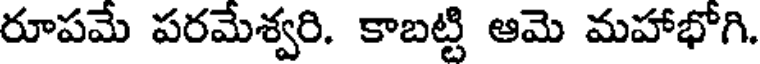
రూపమే పరమేశ్వరి. కాబట్టి ఆమె మహాభోగి.